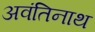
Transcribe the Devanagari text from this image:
अवंतिनाथ